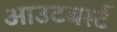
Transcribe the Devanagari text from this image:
आउटबर्स्ट